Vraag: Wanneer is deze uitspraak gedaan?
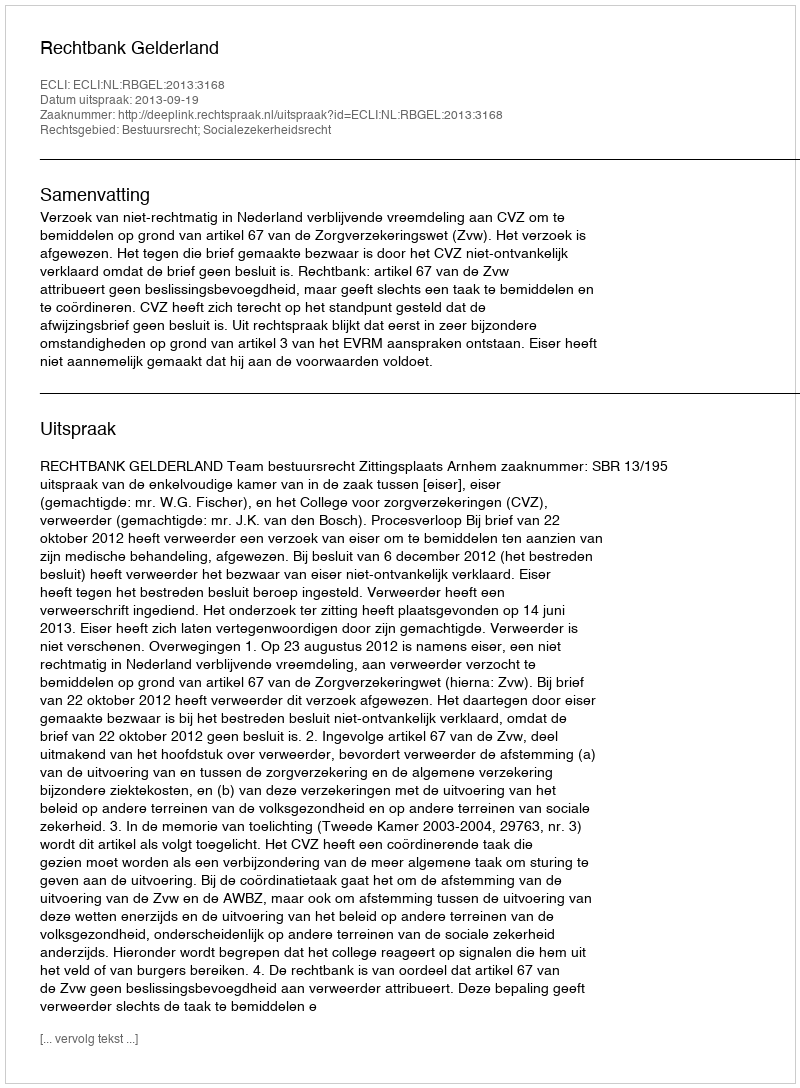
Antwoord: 2013-09-19